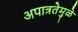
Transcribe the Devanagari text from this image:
अपात्रतेमुळे